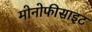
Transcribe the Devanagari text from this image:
मोनोफीसाइट